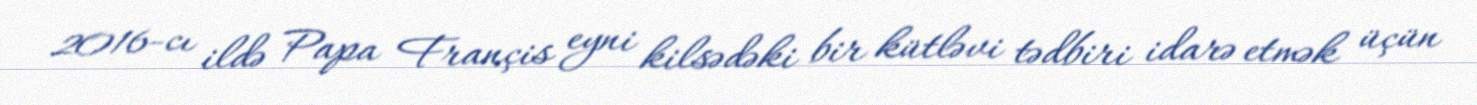
2016-cı ildə Papa Françis eyni kilsədəki bir kütləvi tədbiri idarə etmək üçün